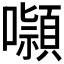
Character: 𭌑